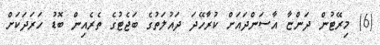
(6) މިރޭޓުން ދަންޏާ އާސަންދައަށް ކުރާހޭދަ ދައުލަތުގެ ބަޖެޓުގެ ތެރެއިން ބޮޑު ހަރަދަކަށް